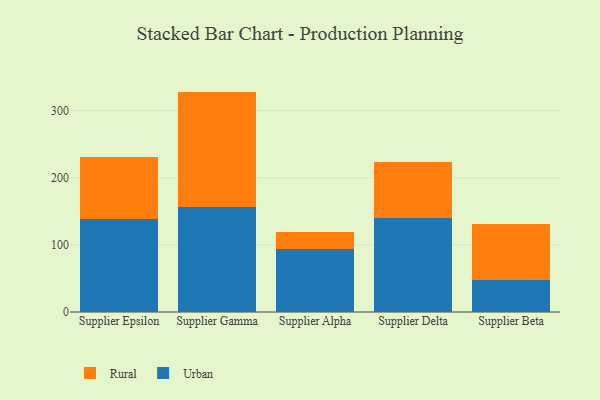
{"axis": {"x": "Supplier", "y": "Backlog"}, "legend": ["Rural", "Urban"], "data": [{"x": "Supplier Epsilon", "y": 138.3, "type": "Urban"}, {"x": "Supplier Epsilon", "y": 92.8, "type": "Rural"}, {"x": "Supplier Gamma", "y": 157.1, "type": "Urban"}, {"x": "Supplier Gamma", "y": 171.3, "type": "Rural"}, {"x": "Supplier Alpha", "y": 93.3, "type": "Urban"}, {"x": "Supplier Alpha", "y": 26.5, "type": "Rural"}, {"x": "Supplier Delta", "y": 140.6, "type": "Urban"}, {"x": "Supplier Delta", "y": 82.7, "type": "Rural"}, {"x": "Supplier Beta", "y": 48.0, "type": "Urban"}, {"x": "Supplier Beta", "y": 83.4, "type": "Rural"}]}